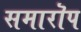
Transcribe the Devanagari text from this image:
समारॊप